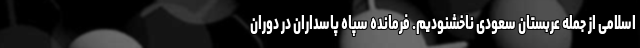
اسلامی از جمله عربستان سعودی ناخشنودیم. فرمانده سپاه پاسداران در دوران